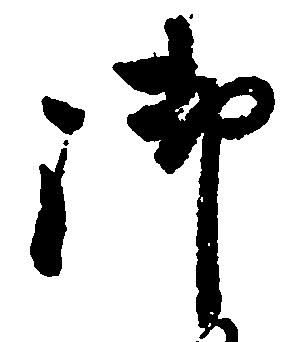
御